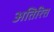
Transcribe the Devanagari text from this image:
अतिरित्त